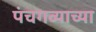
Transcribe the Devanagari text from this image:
पंचगव्याच्या